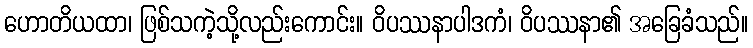
ဟောတိယထာ၊ ဖြစ်သကဲ့သို့လည်းကောင်း။ ဝိပဿနာပါဒကံ၊ ဝိပဿနာ၏ အခြေခံသည်။